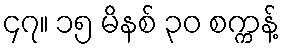
၄၇။ ၁၅ မိနစ် ၃၀ စက္ကန့်